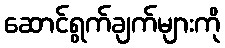
ဆောင်ရွက်ချက်များကို